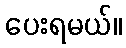
ပေးရမယ်။